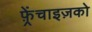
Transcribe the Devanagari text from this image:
फ़्रेंचाइज़को